Report on vaccination in Madras 1895-1903 - 1895-1903
Year: 1895
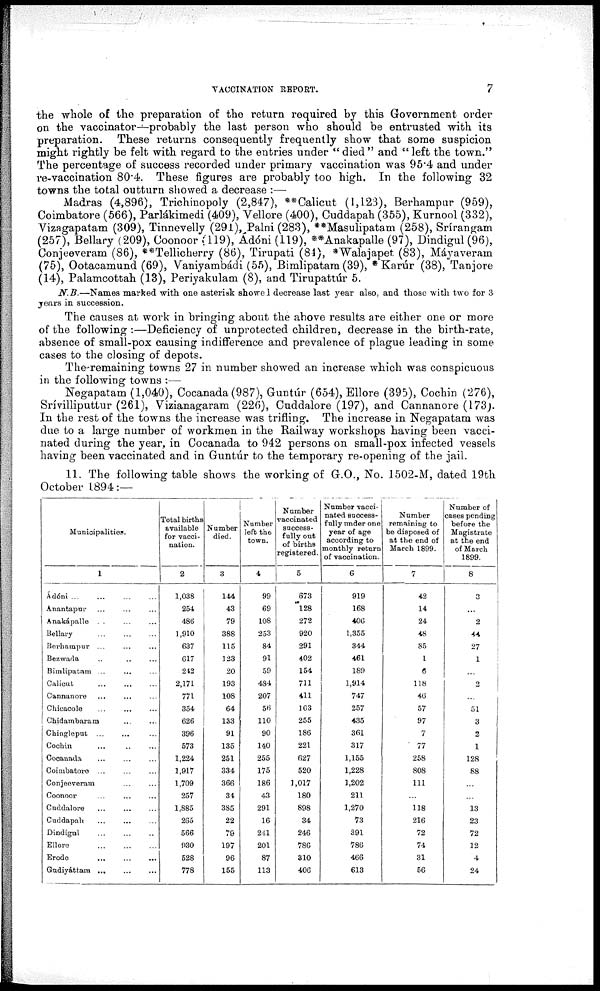
VACCINATION REPORT.
7
the whole of the preparation of the return required by this Government order
on the vaccinator—probably the last person who should be entrusted with its
preparation. These returns consequently frequently show that some suspicion
might rightly be felt with regard to the entries under " died " and " left the town."
The percentage of success recorded under primary vaccination was 95.4 and under
re-vaccination 80.4. These figures are probably too high. In the following 32
towns the total outturn showed a decrease :—
Madras (4,896), Trichinopoly (2,847), **Calicut (1,123), Berhampur (959),
Coimbatore (566), Parlákimedi (409), Vellore (400), Cuddapah (355), Kurnool (332),
Vizagapatam (309), Tinnevelly (291), Palni (283), **Masulipatam (258), Srírangam
(257), Bellary (209), Coonoor (119), Adóni (119), **Anakapalle (97), Dindigul (96),
Conjeeveram (86), **Tellicherry (86), Tirupati (84), *Walajapet (83), Máyaverain
(75), Ootacamund (69), Vaniyambádi (55), Bimlipatara (39), *Karúr (38), Tanjore
(14), Palamcottah (13), Periyakulam (8), and Tirupattúr 5.
N.B.—Names
marked with one asterisk showed decrease last year also, and those with two for 3
years in succession.
The causes at work in bringing about the above results are either one or more
of the following :—Deficiency of unprotected children, decrease in the birth-rate,
absence of small-pox causing indifference and prevalence of plague leading in some
cases to the closing of depots.
The remaining towns 27 in number showed an increase which was conspicuous
in the following towns :—
Negapatam (1,040), Cocanada (987), Guntúr (654), Ellore (395), Cochin (276),
Srívilliputtur (261), Vizianagaram (226), Cuddalore (197), and Cannanore (173).
In the rest of the towns the increase was trifling. The increase in Negapatam was
due to a large number of workmen in the Railway workshops having been vacci-
nated during the year, in Cocanada to 942 persons on small-pox infected vessels
having been vaccinated and in Guntúr to the temporary re-opening of the jail.
11. The following table shows the working of G.O., No. 1502-M, dated 19th
October 1894:—
Municipalities.
1
Ádóni ... ... ... ...
Anantapur ... ... ...
Anakápalle ... ... ...
Bellary ... ...
...
Berhampur ... ... ...
Bezwada ... ... ...
Bimlipatam ... ... ...
Calicut ... ...
...
Cannanore ... ... ...
Chicacole ... ... ...
Chidambaram ... ...
Chingleput ... ... ...
Cochin ... ... ...
Cocanada ... ... ...
Coimbatore ... ... ...
Conjeeveram ... ...
Coonoor ... ... ...
Cuddalore ... ... ...
Cuddapah ... ... ...
Dindigul ... ... ...
Ellore
...
...
...
Erode
...
...
...
Gudiyáttam ... ... ...
Total births
available
for vacci-
nation.
2
1,038
254
486
1,910
637
617
242
2,171
771
354
626
396
573
1,224
1,917
1,709
257
1,885
265
566
930
528
778
Number
died.
3
144
43
79
388
115
123
20
193
108
64
133
91
135
251
334
366
34
385
22
79
197
96
155
Number
left the
town.
4
99
69
108
253
84
91
59
484
207
56
110
90
140
255
175
186
43
291
16
241
201
87
113
Number
vaccinated
success-
fully out
of births
registered.
5
673
128
272
920
291
402
154
711
411
163
255
186
221
627
520
1,017
180
898
34
246
786
310
406
Number vacci-
nated success-
fully under one
year of age
according to
monthly return
of vaccination.
6
919
168
406
1,355
344
461
189
1,914
747
257
435
361
317
1,155
1,228
1,202
211
1,270
73
391
786
466
613
Number
remaining to
be disposed of
at the end of
March 1899.
7
42
14
24
48
85
1
6
118
46
57
97
7
77
258
808
111
...
118
216
72
74
31
56
Number of
cases pending
before the
Magistrate
at the end
of March
1899.
8
3
...
2
44
27
1
...
2
...
51
3
2
1
128
88
...
...
13
23
72
12
4
24